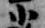
小